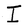
Character: I